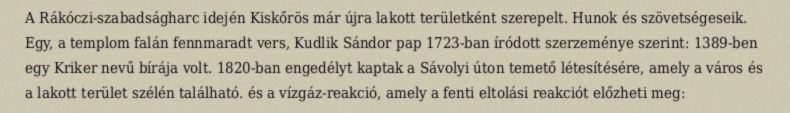
A Rákóczi-szabadságharc idején Kiskőrös már újra lakott területként szerepelt. Hunok és szövetségeseik. Egy, a templom falán fennmaradt vers, Kudlik Sándor pap 1723-ban íródott szerzeménye szerint: 1389-ben egy Kriker nevű bírája volt. 1820-ban engedélyt kaptak a Sávolyi úton temető létesítésére, amely a város és a lakott terület szélén található. és a vízgáz-reakció, amely a fenti eltolási reakciót előzheti meg: